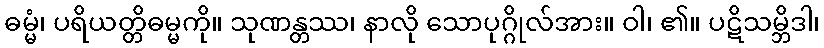
ဓမ္မံ၊ ပရိယတ္တိဓမ္မကို။ သုဏန္တဿ၊ နာလို သောပုဂ္ဂိုလ်အား။ ဝါ၊ ၏။ ပဋိသမ္ဘိဒါ၊